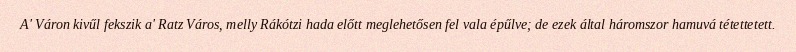
A' Váron kivűl fekszik a' Ratz Város, melly Rákótzi hada előtt meglehetősen fel vala épűlve; de ezek által háromszor hamuvá tétettetett.